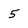
Character: 5